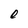
Character: e